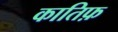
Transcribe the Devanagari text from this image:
कातिफ़